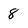
Character: 8